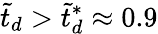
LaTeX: \tilde{t}_{d}>\tilde{t}_{d}^{*}\approx 0.9